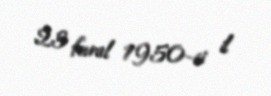
23 fevral 1950-ci il